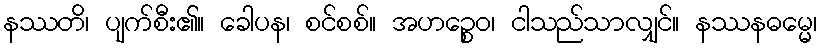
နဿတိ၊ ပျက်စီး၏။ ခေါပန၊ စင်စစ်။ အဟဉ္စေဝ၊ ငါသည်သာလျှင်။ နဿနဓမ္မေ၊